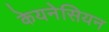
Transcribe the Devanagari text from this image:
केयनेसियन